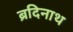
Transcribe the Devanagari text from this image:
ब्रदिनाथ